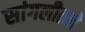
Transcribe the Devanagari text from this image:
सांगलीतले